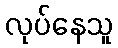
လုပ်နေသူ